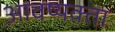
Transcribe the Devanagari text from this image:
आवष्यक्ता